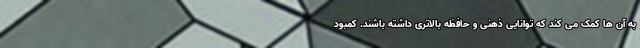
به آن ها کمک می کند که توانایی ذهنی و حافظه بالاتری داشته باشند. کمبود